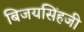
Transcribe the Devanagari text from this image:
बिजयसिंहजी